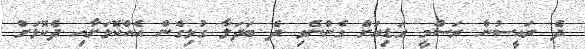
ދެ ރައީސުން ރަސްމީ ގަޑިއަށް ގެންނެވި ދެ ބަދަލާ ގުޅިގެން އެއްކޮޅަށާއި ދެކޮޅަށް